Indian journal of veterinary science and animal husbandry - Volumes 26-27, 1956-1957
Year: 1956
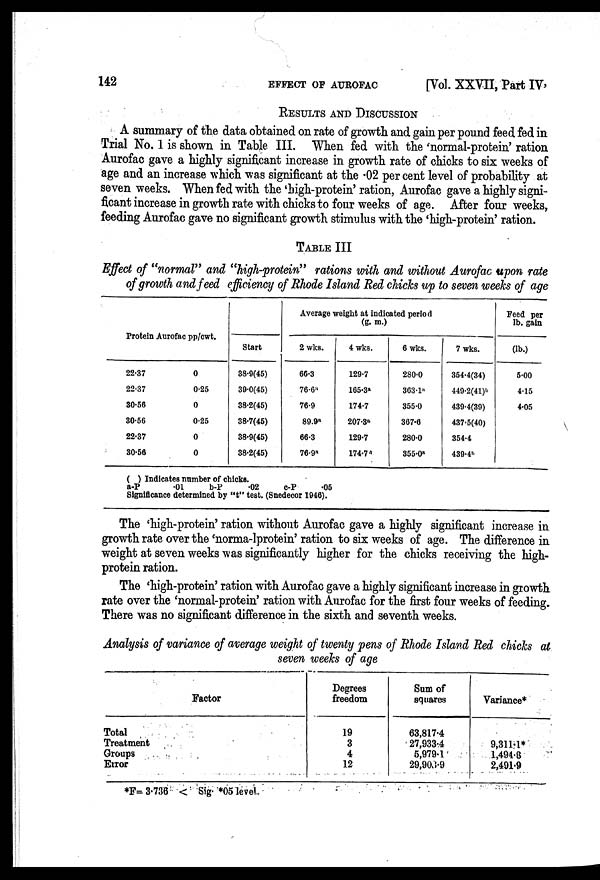
142
EFFECT OF AUROFAC
[Vol. XXVII, Part IV,
RESULTS AND DISCUSSION
A summary of the data obtained on rate of growth and gain per pound feed fed in
Trial No. 1 is shown in Table III. When fed with the 'normal-protein' ration
Aurofac gave a highly significant increase in growth rate of chicks to six weeks of
age and an increase which was significant at the .02 per cent level of probability at
seven weeks. When fed with the 'high-protein' ration, Aurofac gave a highly signi-
ficant increase in growth rate with chicks to four weeks of age. After four weeks,
feeding Aurofac gave no significant growth stimulus with the 'high-protein' ration.
TABLE III
Effect of "normal" and "high-protein" rations with and without Aurofac upon rate
of growth and feed efficiency of Rhode Island Red chicks up to seven weeks of age
Protein Aurofac pp/cwt.
22.37
22.37
30-56
30.56
22.37
30.56
0
0.25
0
0.25
0
0
Average weight at indicated period
(g. m.)
Start
38.9(45)
39.0(45)
38.2(45)
38.7(45)
38.9(45)
38.2(45)
2 wks.
66.3
76.6 a
76.9
89.9 a
66.3
76.9 a
4 wks.
129.7
165.3 a
174.7
207.3 a
129.7
174.7 a
6 wks.
280.0
363.1 a
355.0
367.6
280.0
355.0 a
7 wks.
354.4(34)
449.2(41) b
439.4(39)
437.5(40)
354.4
439.4 b
Feed per
lb. gain
(lb.)
5.00
4.15
4.05
( ) Indicates number of chicks.
a-P
.01
b-P
.02
c-P
.05
Significance determined by "t" test. (Snedecor 1946).
The 'high-protein' ration without Aurofac gave a highly significant increase in
growth rate over the 'norma-Iprotein' ration to six weeks of age. The difference in
weight at seven weeks was significantly higher for the chicks receiving the high-
protein ration.
The 'high-protein' ration with Aurofac gave a highly significant increase in growth
rate over the 'normal-protein' ration with Aurofac for the first four weeks of feeding.
There was no significant difference in the sixth and seventh weeks.
Analysis of variance of average weight of twenty pens of Rhode Island Red chicks at
seven weeks of age
Factor
Total
Treatment
Groups
Error
Degrees
freedom
19
3
4
12
Sum of
squares
63,817.4
27,933.4
5,979.1
29,903.9
Variance*
9,311.1*
1,494.8
2,491.9
*F= 3.736 < Sig. *05 level.